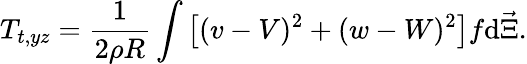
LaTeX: T_{t,yz}=\frac{1}{2\rho R}\int{\left[(v-V)^{2}+(w-W)^{2}\right]f\mathrm{d}{\vec{\Xi}}}.